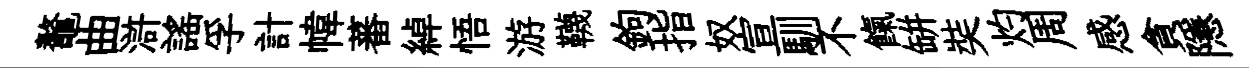
鼇曲滸謡孚計幃蕃綽悟游韈鉤指奴宣馴不餼缾奘灼周感貪隱